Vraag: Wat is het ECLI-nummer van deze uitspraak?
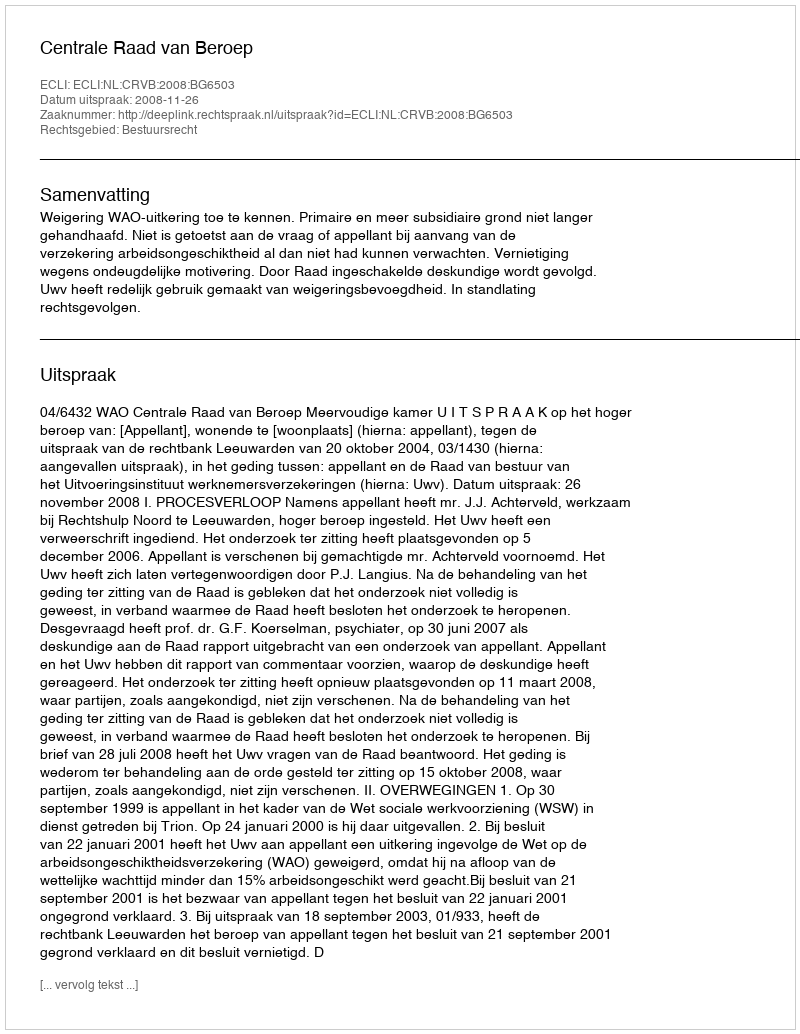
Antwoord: ECLI:NL:CRVB:2008:BG6503